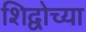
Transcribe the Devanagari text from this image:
शिद्वोच्या